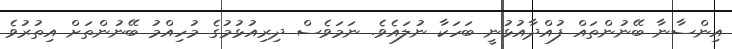
އިންސާނާ ބޭނުންތައް ފުއްދާއުޅުނީ ބަހަކާ ނުލައެވެ. ނަމަވެސް ދިރިއުޅުމުގެ މުހިއްމު ބޭނުންތަށް އިތުރުވެ